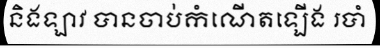
និងឡាវ បានចាប់កំណើតឡើង របាំ